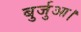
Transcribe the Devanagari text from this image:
बुर्जुआ।